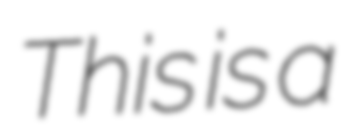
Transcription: This is a